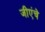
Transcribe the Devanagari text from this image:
जीएंचे